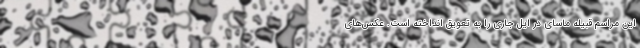
این مراسم قبیله ماسای در ایل جاری را به تعویق انداخته است. عکس‌های